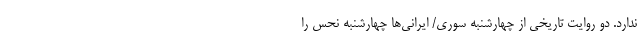
ندارد. دو روایت تاریخی از چهارشنبه‌ سوری/ ایرانی‌ها چهارشنبه نحس را